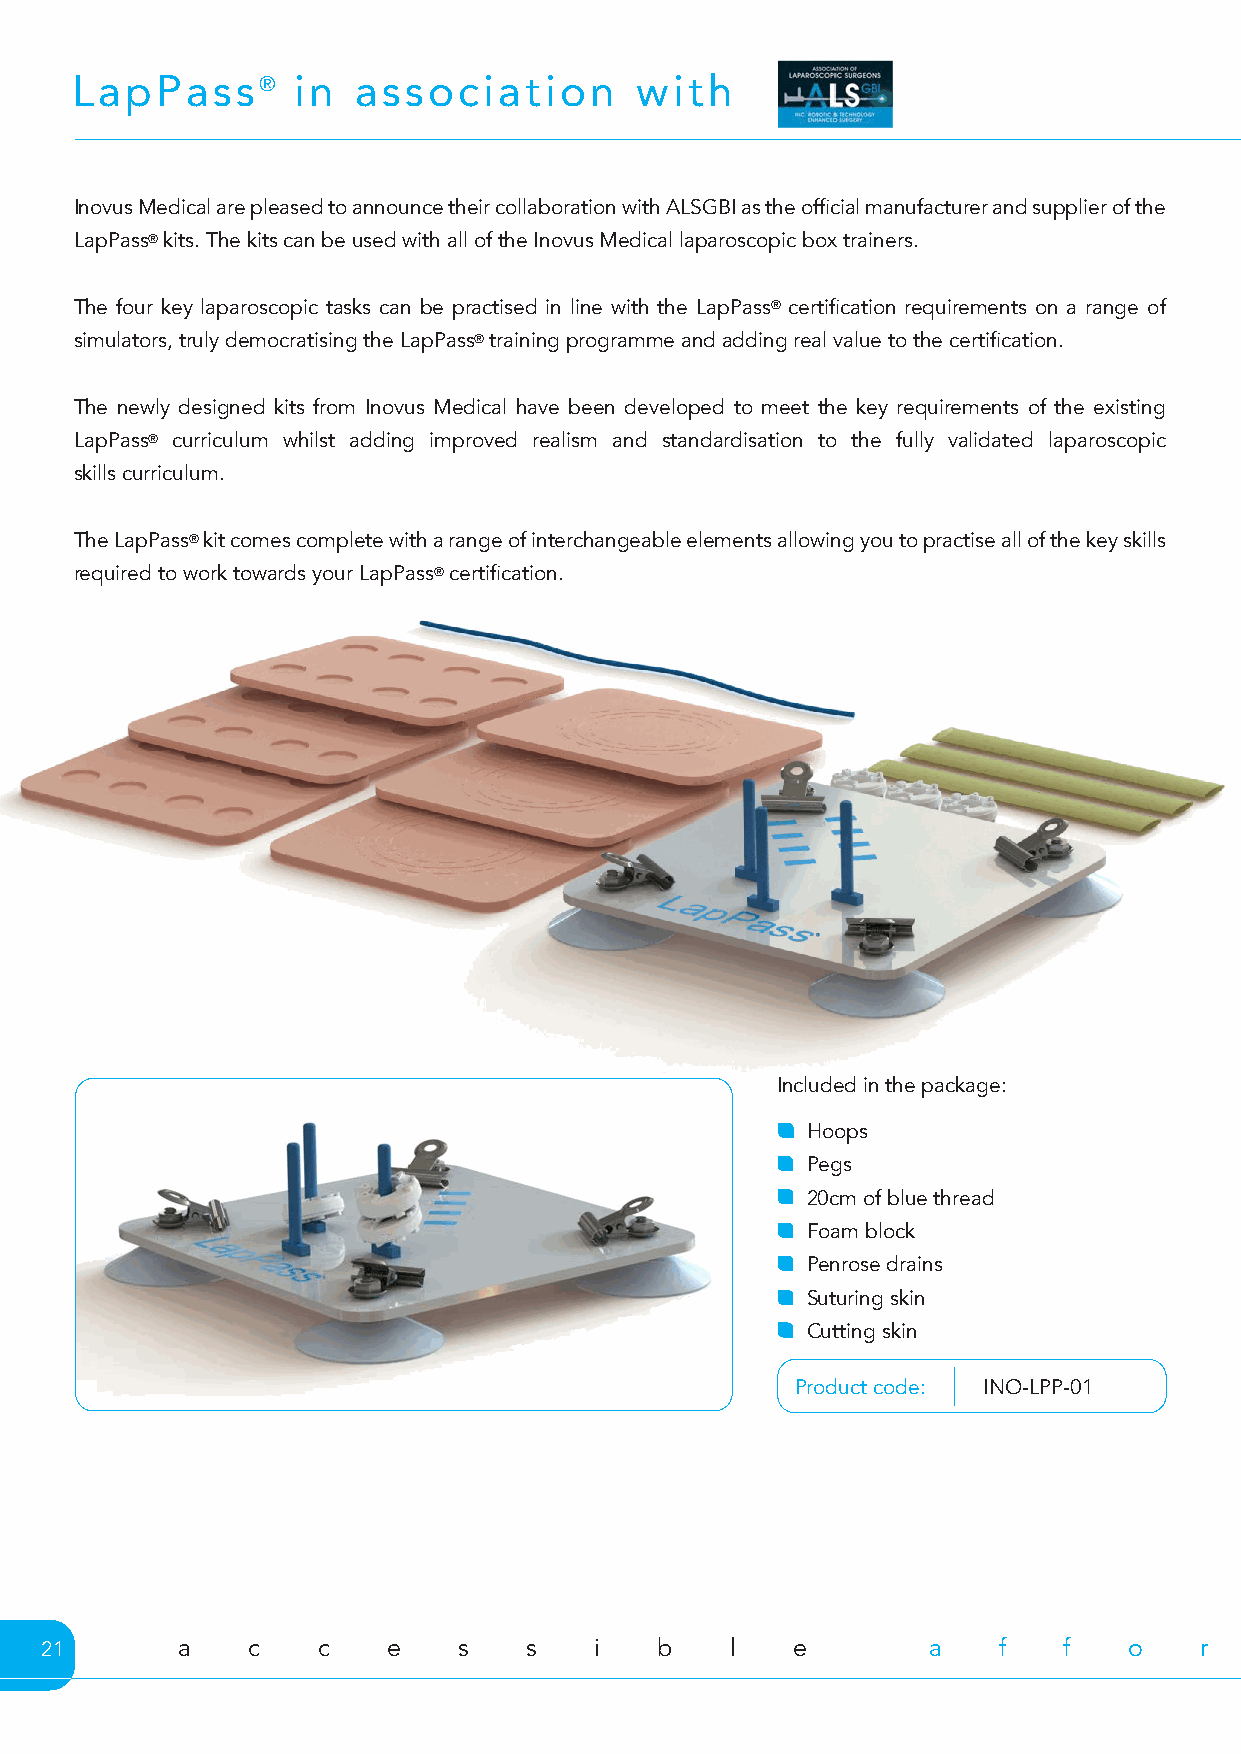
LapPass®       in association        with
 Inovus Medical are pleased to announce their collaboration with ALSGBI as the official manufacturer and supplier of the
 LapPass® kits. The kits can be used with all of the Inovus Medical laparoscopic box trainers.
 The four key laparoscopic tasks can be practised in line with the LapPass® certification requirements on a range of
 simulators, truly democratising the LapPass® training programme and adding real value to the certification.
 The newly designed kits from Inovus Medical have been developed to meet the key requirements of the existing
 LapPass® curriculum whilst adding improved realism and standardisation to the fully validated laparoscopic
 skills curriculum.
 The LapPass® kit comes complete with a range of interchangeable elements allowing you to practise all of the key skills
 required to work towards your LapPass® certification.
 Included in the package:
 Hoops
 Pegs
 20cm of blue thread
 Foam block
 Penrose drains
 Suturing skin
 Cutting skin
 Product code: INO-LPP-01
 21       a   c    c    e   s    s   i   b    l   e        a    f   f    o   r    d    a   b    l   e        f   u    n    c   t    i   o    n   a    l